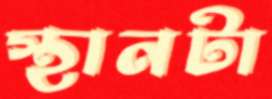
স্থানটা